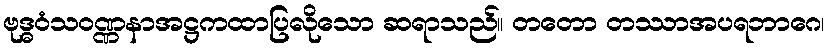
ဗုဒ္ဓဝံသဝဏ္ဏနာအဋ္ဌကထာပြလိုသော ဆရာသည်။ တတော တဿာအပရဘာဂေ၊